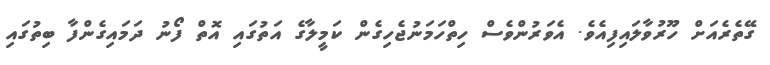
ގޭތެރެއަށް ހޫރުވާލައިފިއެވެ. އެވަރުންވެސް ހިތްހަމަނުޖެހިގެން ކަމީލާގެ އަތުގައި އޮތް ފޯނު ދަމައިގެންފާ ބިތުގައި